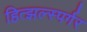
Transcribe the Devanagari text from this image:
हित्झल्स्पर्गर